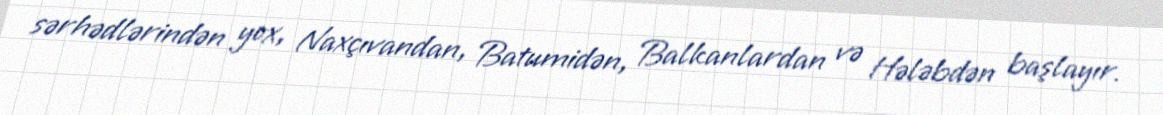
sərhədlərindən yox, Naxçıvandan, Batumidən, Balkanlardan və Hələbdən başlayır.